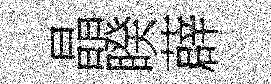
晶睽薜